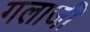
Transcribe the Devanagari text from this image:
गलाजी